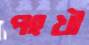
পংখী